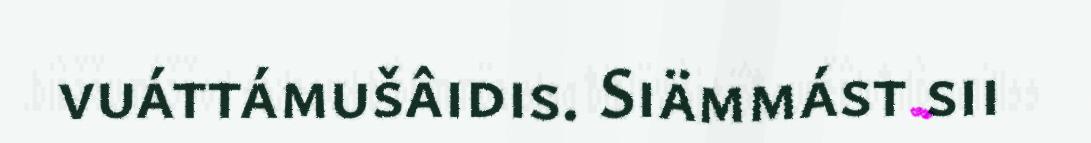
vuáttámušâidis. Siämmást sii